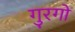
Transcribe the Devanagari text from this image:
गुरगो